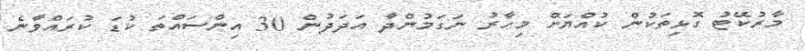
މާރުކޭޓު ގޮޅިތަކުން ކުއްޔަށް މިހާރު ނަގަމުންދާ އަދަދުން 30 އިންސައްތަ ކުޑަ ކުރައްވާނެ